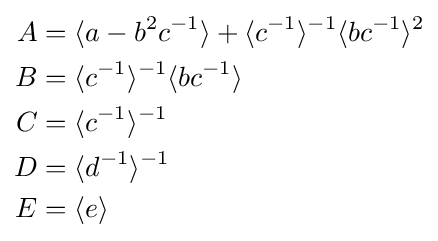
{\begin{aligned}A&=\langle a-b^{2}c^{-1}\rangle +\langle c^{-1}\rangle ^{-1}\langle bc^{-1}\rangle ^{2}\\B&=\langle c^{-1}\rangle ^{-1}\langle bc^{-1}\rangle \\C&=\langle c^{-1}\rangle ^{-1}\\D&=\langle d^{-1}\rangle ^{-1}\\E&=\langle e\rangle \\\end{aligned}}